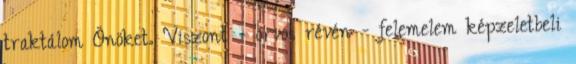
traktálom Önöket. Viszont - orvos révén - felemelem képzeletbeli